Calcutta medical institutions reports 1879-81 [i.e.91]
Year: 1879
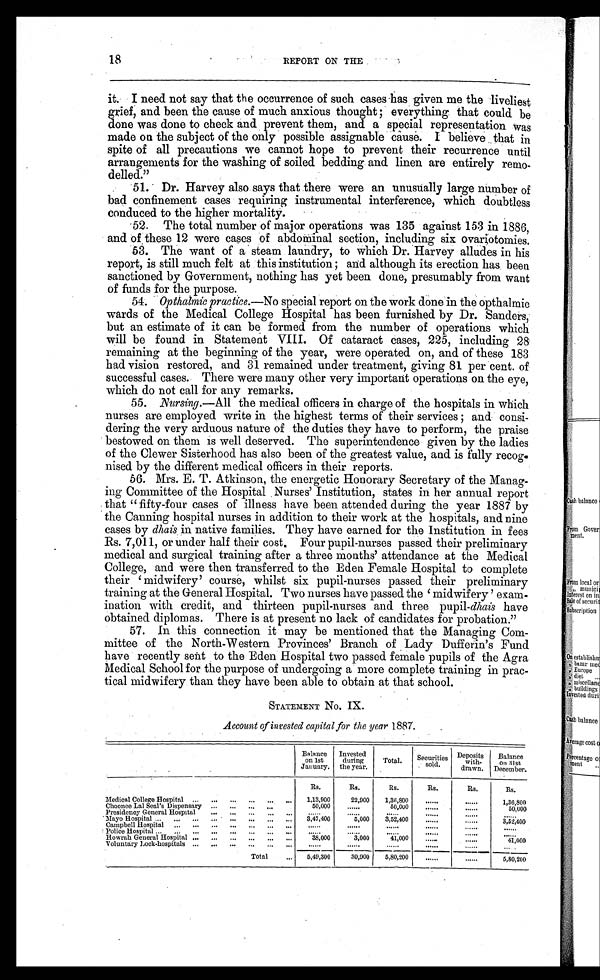
18
REPORT ON THE
it. I need not say that the occurrence of such cases has given me the liveliest
grief, and been the cause of much anxious thought; everything that could be
done was done to check and prevent them, and a special representation was
made on the subject of the only possible assignable cause. I believe that in
spite of all precautions we cannot hope to prevent their recurrence until
arrangements for the washing of soiled bedding and linen are entirely remo
-delled."
51. Dr. Harvey also says that there were an unusually large number of
bad confinement cases requiring instrumental interference, which doubtless
conduced to the higher mortality.
52. The total number of major operations was 135 against 153 in 1886,
and of these 12 were cases of abdominal section, including six ovariotomies.
53. The want of a steam laundry, to which Dr. Harvey alludes in his
report, is still much felt at this institution; and although its erection has been
sanctioned by Government, nothing has yet been done, presumably from want
of funds for the purpose.
54.
Opthalmic practice.—No special report on the work done in the opthalmic
wards of the Medical College Hospital has been furnished by Dr. Sanders,
but an estimate of it can be formed from the number of operations which
will be found in Statement VIII. Of cataract cases, 225, including 28
remaining at the beginning of the year, were operated on, and of these 183
had vision restored, and 31 remained under treatment, giving 81 per cent. of
successful cases. There were many other very important operations on the eye,
which do not call for any remarks.
55.
Nursing.— All the medical officers in charge of the hospitals in which
nurses are employed write in the highest terms of their services and consi
- d e r i n g t h e v e r y a r d u o u s n a t u r e o f t h e d u t i e s t h e y h a v e t o p e r f o r m , t h e p r a i s e
bestowed on them is well deserved. The superintendence given by the ladies
of the Clewer Sisterhood has also been of the greatest value, and is fully recog
- n i s e d b y t h e d i f f e r e n t m e d i c a l o f f i c e r s i n t h e i r r e p o r t s .
56. Mrs. E. T. Atkinson, the energetic Honorary Secretary of the Manag
- i n g C o m m i t t e e o f t h e H o s p i t a l N u r s e s ’ I n s t i t u t i o n , s t a t e s i n h e r a n n u a l r e p o r t
that " fifty-four cases of illness have been attended during the year 1887 by
the Canning hospital nurses in addition to their work at the hospitals, and nine
cases by dhais in native families. They have earned for the Institution in fees
Rs. 7,011, or under half their cost. Four pupil-nurses passed their preliminary
medical and surgical training after a three months' attendance at the Medical
College, and were then transferred to the Eden Female Hospital to complete
t h e i r ‘ mi d wi f e r y ’ c o u r s e , wh i l s t s i x p u p i l - n u r s e s p a s s e d t h e i r p r e l i mi n a r y
training at the General Hospital. Two nurses have passed the ‘midwifery’ exam
- i n a t i o n w i t h c r e d i t , a n d t h i r t e e n p u p i l - n u r s e s a n d t h r e e p u p i l -d
h a i s
h a v e
obtained diplomas. There is at present no lack of candidates for probation."
57. In this connection it may be mentioned that the Managing Com-
mittee of the North-Western. Provinces’ Branch of Lady Dufferin’s Fund
have recently sent to the Eden Hospital two passed female pupils of the Agra
Medical School for the purpose of undergoing a more complete training in prac-
tical midwifery than they have been able to obtain at that school.
STATEMENT No. IX.
Account of invested capital for the year 1887.
Balance
on 1st
January.
Invested
during
the year.
Total.
Securities
sold.
Deposits
with-
drawn.
Balance
on 31st
December.
Medical College Hospital ...
...
...
...
...
Rs.
1,13,900
Rs.
22,900
Rs.
1,36,800
Rs. . . . . . . .
. . . . . . .
Rs. . . . . . . .
. . . . . . .
Rs.
1,36,800
Choonee Lal Seal's Dispensary ...
... ... ... ....
50,000
. . . . . . .
50,000
. . . . . . .
. . . . . .
50,000
Presidency General Hospital ... ... ...
. . . . . . .
. . . . . . .
. . . . . . .
. . . . . . . .
. . . . . .
. . . . . . .
Mayo Hospital ... ... ... ...
3 , 4 7 , 4 0 0
5,000
3,52,400
. . . .
. . . . . .
3,52,400
Campbell Hospital ...
...
...
...
...
... ...
. . . . . .
. . . . . .
. . . . . .
. . . . . .
. . . . . .
. . . . . .
Police Hospital ... ...
....
....
. . . . . .
. . . . . .
. . . .
. . . . . .
. . . . . .
. . . .
H o w r a h g e n e r a l h o s p i t a l . . . . . . .
38,000
3,000
41,000
. . . . . .
. . . .
41,000
Voluntary Lock-hospitals ...
...
...
...
... ...
. . . . . .
. . . . . .
. . . . . . . .
. . . . . . .
. . . . . . .
. . . . . .
Total ...
5 , 4 9 , 3 0 0
30,900
5,80,200
. . . . . .
. . . .
5,80,200